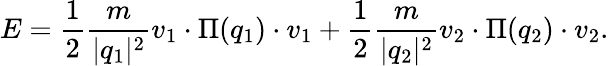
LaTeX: E=\frac{1}{2}\frac{m}{\vert q_{1}\vert^{2}}v_{1}\cdot\Pi(q_{1})\cdot v_{1}+\frac{1}{2}\frac{m}{\vert q_{2}\vert^{2}}v_{2}\cdot\Pi(q_{2})\cdot v_{2}.